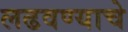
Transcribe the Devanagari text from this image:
लढवण्याचे